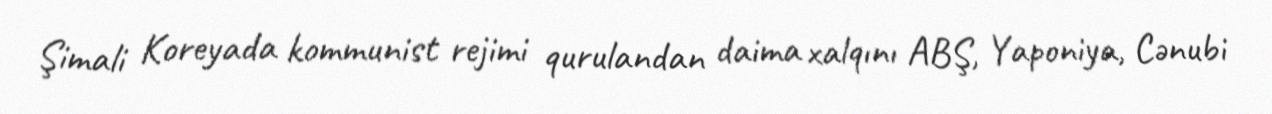
Şimali Koreyada kommunist rejimi qurulandan daima xalqını ABŞ, Yaponiya, Cənubi